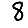
Digit: 8